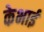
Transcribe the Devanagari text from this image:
केभाई